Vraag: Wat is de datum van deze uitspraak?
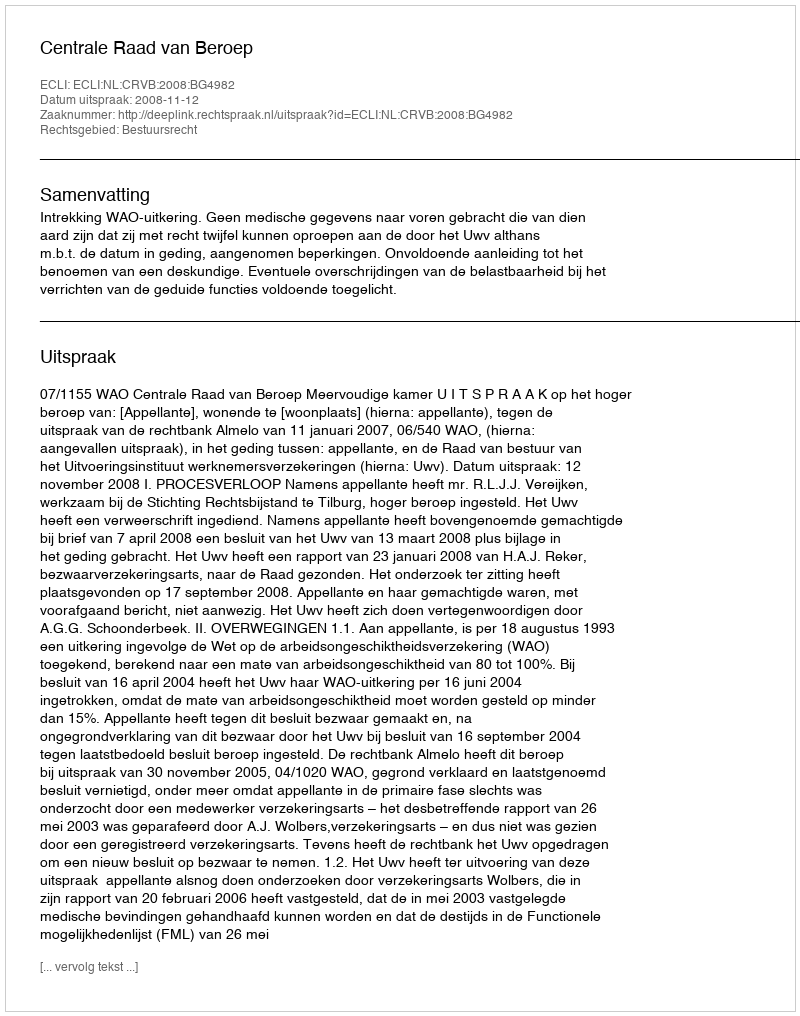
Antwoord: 2008-11-12